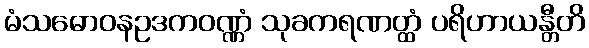
မံသဓောဝနဥဒကဝဏ္ဏံ သုခကရဏတ္ထံ ပရိဟာယန္တီတိ